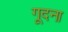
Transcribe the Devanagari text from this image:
गूदना